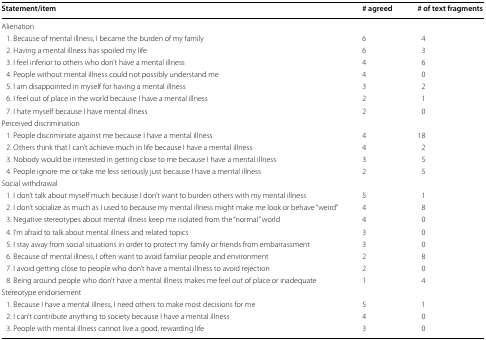
<table><thead><tr><td><b>Statement/item</b></td><td><b># agreed</b></td><td><b># of text fragments</b></td></tr></thead><tbody><tr><td colspan="3">Alienation</td></tr><tr><td> 1. Because of mental illness, I became the burden of my family</td><td>6</td><td>4</td></tr><tr><td> 2. Having a mental illness has spoiled my life</td><td>6</td><td>3</td></tr><tr><td> 3. I feel inferior to others who don’t have a mental illness</td><td>4</td><td>6</td></tr><tr><td> 4. People without mental illness could not possibly understand me</td><td>4</td><td>0</td></tr><tr><td> 5. I am disappointed in myself for having a mental illness</td><td>3</td><td>2</td></tr><tr><td> 6. I feel out of place in the world because I have a mental illness</td><td>2</td><td>1</td></tr><tr><td> 7. I hate myself because I have mental illness</td><td>2</td><td>0</td></tr><tr><td colspan="3">Perceived discrimination</td></tr><tr><td> 1. People discriminate against me because I have a mental illness</td><td>4</td><td>18</td></tr><tr><td> 2. Others think that I can’t achieve much in life because I have a mental illness</td><td>4</td><td>2</td></tr><tr><td> 3. Nobody would be interested in getting close to me because I have a mental illness</td><td>3</td><td>5</td></tr><tr><td> 4. People ignore me or take me less seriously just because I have a mental illness</td><td>2</td><td>5</td></tr><tr><td colspan="3">Social withdrawal</td></tr><tr><td> 1. I don’t talk about myself much because I don’t want to burden others with my mental illness</td><td>5</td><td>1</td></tr><tr><td> 2. I don’t socialize as much as I used to because my mental illness might make me look or behave “weird”</td><td>4</td><td>8</td></tr><tr><td> 3. Negative stereotypes about mental illness keep me isolated from the “normal” world</td><td>4</td><td>0</td></tr><tr><td> 4. I’m afraid to talk about mental illness and related topics</td><td>3</td><td>0</td></tr><tr><td> 5. I stay away from social situations in order to protect my family or friends from embarrassment</td><td>3</td><td>0</td></tr><tr><td> 6. Because of mental illness, I often want to avoid familiar people and environment</td><td>2</td><td>8</td></tr><tr><td> 7. I avoid getting close to people who don’t have a mental illness to avoid rejection</td><td>2</td><td>0</td></tr><tr><td> 8. Being around people who don’t have a mental illness makes me feel out of place or inadequate</td><td>1</td><td>4</td></tr><tr><td colspan="3">Stereotype endorsement</td></tr><tr><td> 1. Because I have a mental illness, I need others to make most decisions for me</td><td>5</td><td>1</td></tr><tr><td> 2. I can’t contribute anything to society because I have a mental illness</td><td>4</td><td>0</td></tr><tr><td> 3. People with mental illness cannot live a good, rewarding life</td><td>3</td><td>0</td></tr></tbody></table>